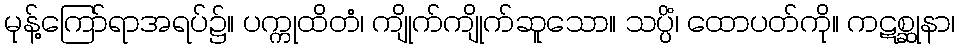
မုန့်ကြော်ရာအရပ်၌။ ပက္ကုထိတံ၊ ကျိုက်ကျိုက်ဆူသော။ သပ္ပိံ၊ ထောပတ်ကို။ ကဋစ္ဆုနာ၊